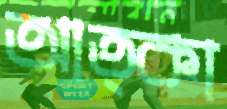
আত্কা